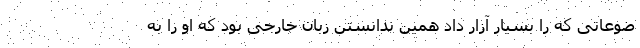
ضوعاتی که را بسیار آزار داد همین ندانستن زبان خارجی بود که او را به